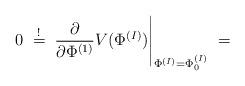
LaTeX: \begin{align*}0 \; \stackrel{!}{=} \; \frac{\partial}{\partial \Phi^{(1)}}V( \Phi^{(I)} ) \Bigg|_{\Phi^{(I)} = \Phi^{(I)}_0} \; =\end{align*}